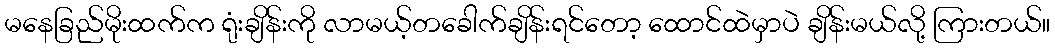
မနေခြည်မိုးထက်က ရုံးချိန်းကို လာမယ့်တခေါက်ချိန်းရင်တော့ ထောင်ထဲမှာပဲ ချိန်းမယ်လို့ ကြားတယ်။